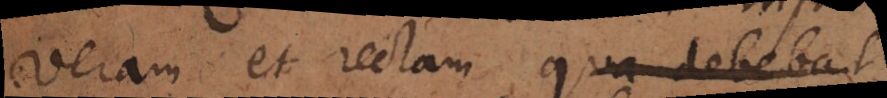
veram et rectam qua debebat